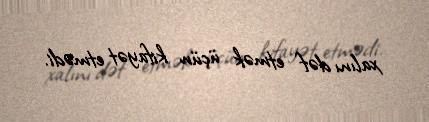
xalını dəf etmək üçün kifayət etmədi.